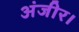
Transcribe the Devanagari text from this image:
अंजीर।